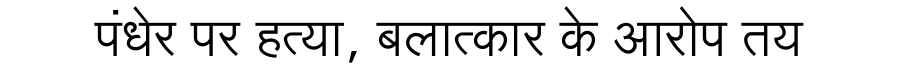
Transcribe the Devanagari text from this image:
पंधेर पर हत्या, बलात्कार के आरोप तय